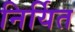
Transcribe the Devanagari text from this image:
निर्यित